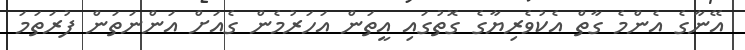
އޭނާގެ އެންމެ ގާތް އެކުވެރިޔާގެ ގޮތުގައި އީތަން އަހަރުމެން ގެއަށް އަންނަތަން ފުރަތަމަ